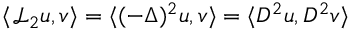
\langle \mathcal { L } _ { 2 } u , v \rangle = \langle ( - \Delta ) ^ { 2 } u , v \rangle = \langle D ^ { 2 } u , D ^ { 2 } v \rangle